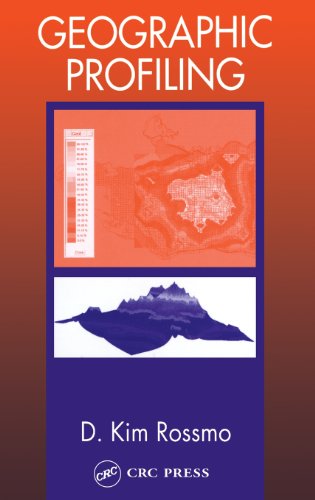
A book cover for Geographic Profiling; D. Kim Rossmo; History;